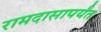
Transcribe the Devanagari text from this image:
रामदासापर्यंत